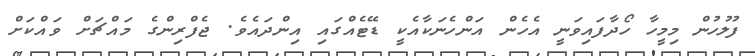
ފުލުހުން މިމީހާ ހޯދާފައިވަނީ އެހެން އަންހެނަކާއެކީ ޑޭޓެއްގައި އިންދައެވެ. ޖެފްރިންގެ މައްޗަށް ވައްކަށް